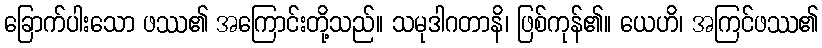
ခြောက်ပါးသော ဖဿ၏ အကြောင်းတို့သည်။ သမုဒါဂတာနိ၊ ဖြစ်ကုန်၏။ ယေဟိ၊ အကြင်ဖဿ၏